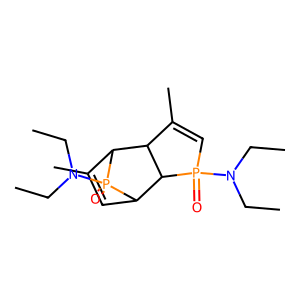
SMILES: CCN(CC)P1(=O)C=C(C)C2C1C1C=C(C)C2P1(=O)N(CC)CC
Inhibits HIV replication: No